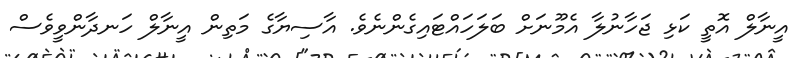
އީނާލް އޮތީ ކަޅި ޖަހާނުލާ އެމޫނަށް ބަލަހައްޓައިގެންނެވެ. އާސިޔާގެ މަތިން އީނާލް ހަނދާންވީވެސް